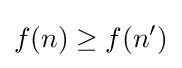
f(n)\geq f(n')